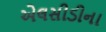
એલસીડીના